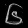
Digit: ၆